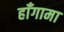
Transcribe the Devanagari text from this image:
हाँगामा